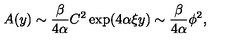
A ( y ) \sim { \frac { \beta } { 4 \alpha } } C ^ { 2 } \exp ( 4 \alpha \xi y ) \sim { \frac { \beta } { 4 \alpha } } \phi ^ { 2 } ,